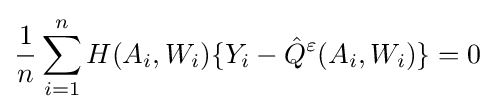
{\frac {1}{n}}\sum _{i=1}^{n}H(A_{i},W_{i})\{Y_{i}-{\hat {Q}}^{\varepsilon }(A_{i},W_{i})\}=0